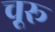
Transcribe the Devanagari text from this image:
चू़रू